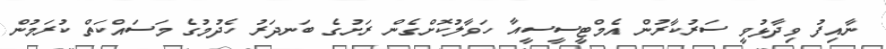
ނާއިފު ވިދާޅުވީ ސަރުކާރުން އެމްޓީސީސީއާ ހަވާލުކޮށްގެން ރަށުގެ ބަނދަރު ހެދުމުގެ މަސައްކަތް ކުރަމުން